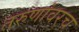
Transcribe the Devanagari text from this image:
तरुणांवरच